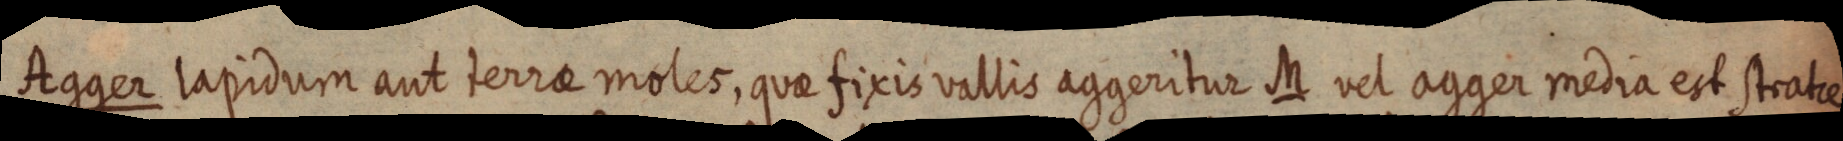
Agger lapidum aut terrae moles, quae fixis vallis aggeritur M vel agger media est strate